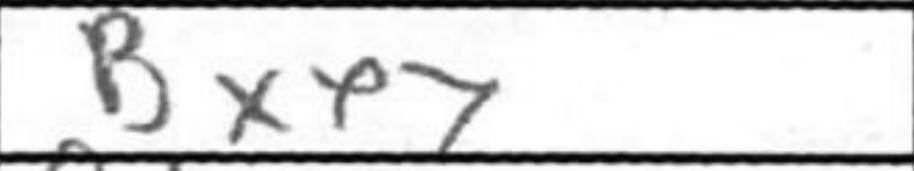
Transcription: Bxe7